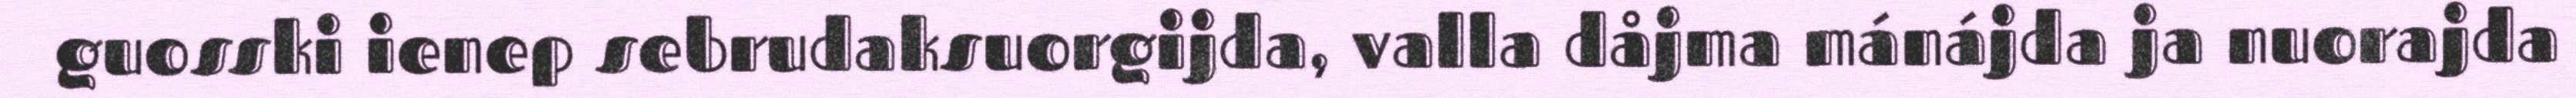
guosski ienep sebrudaksuorgijda, valla dåjma mánájda ja nuorajda